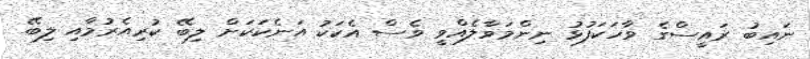
ނައިބު ރައީސްގެ ވާހަކަފުޅު ނިންމަވާލެއްވީ ވެސް އެކަކު އަނެކަކަށް ލިބޭ ކުރިއެރުމާއި ލިބޭ